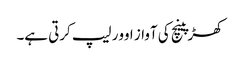
کھڑپینچ کی آواز اوور لیپ کرتی ہے۔